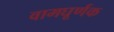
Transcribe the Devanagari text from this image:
वामघूर्णक